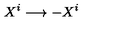
X ^ { i } \longrightarrow - X ^ { i }